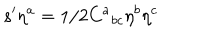
LaTeX: s ^ { \prime } \eta ^ { a } = 1 / 2 C ^ { a } { } _ { b c } \eta ^ { b } \eta ^ { c }